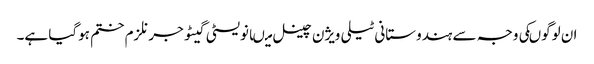
ان لوگوںکی وجہ سے ہندوستانی ٹیلی ویژن چینل میںانویسٹی گیٹو جرنلزم ختم ہوگیا ہے۔